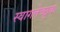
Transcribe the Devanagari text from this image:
स्वागतेच्छुक